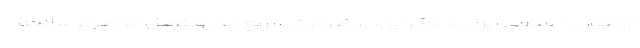
جمهوری اسلامی ایران و اوکراین، بر ضرورت سریع حل و فصل موضوع سانحه